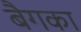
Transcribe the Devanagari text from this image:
बैगका